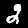
Label: 2